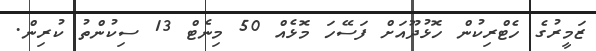
ޒަމީރުގެ ހެޓްރިކުން ހޮޅުދޫއަށް ފަސޭހަ މޮޅެއް 50 މިނެޓް 13 ސިކުންތު ކުރިން.